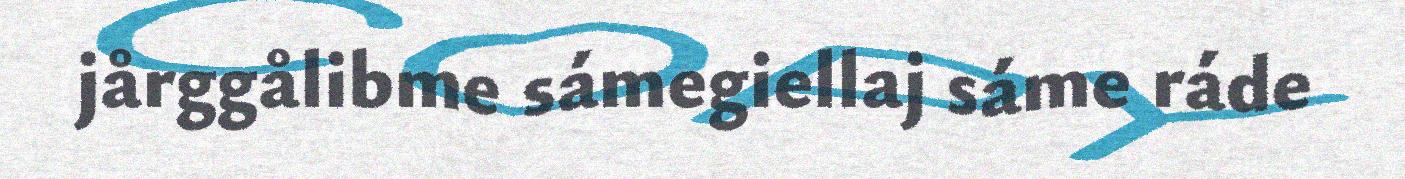
jårggålibme sámegiellaj sáme ráde